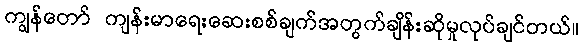
ကျွန်တော် ကျန်းမာရေးဆေးစစ်ချက်အတွက်ချိန်းဆိုမှုလုပ်ချင်တယ်။